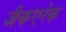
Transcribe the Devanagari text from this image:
जैकएरेक